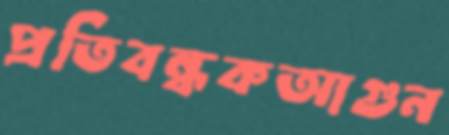
প্রতিবন্ধকআগুন